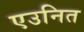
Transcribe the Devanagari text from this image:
एउनित